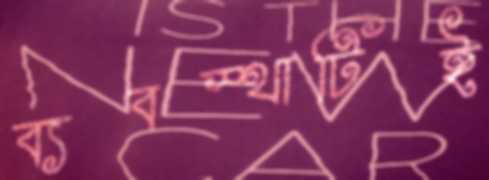
ব্যবস্থাটিই